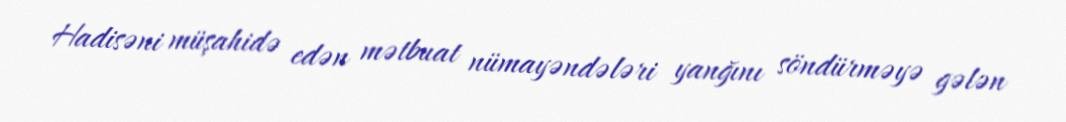
Hadisəni müşahidə edən mətbuat nümayəndələri yanğını söndürməyə gələn